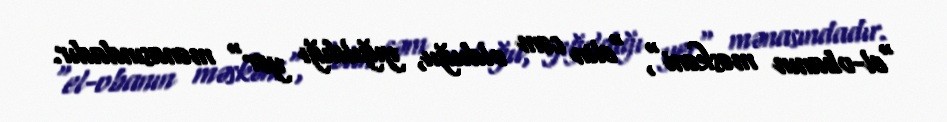
"el-obanın məskəni", "elin cəm olduğu, yığıldığı yer" mənasındadır.